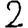
Digit: 2